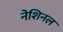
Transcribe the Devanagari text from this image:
नेशिनल